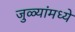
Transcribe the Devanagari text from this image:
जुळ्यांमध्ये